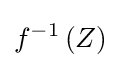
f^{-1}\left(Z\right)